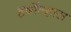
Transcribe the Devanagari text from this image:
हर्षोल्हास